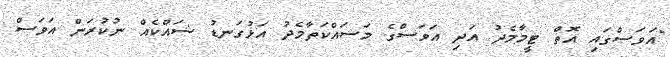
"އަވަސްގައި އޮތް ޓީމާމެދު އަދި އަވަސްގެ މަސައްކަތާމެދު އަޅުގަނޑު ޝައްކެއް ނުކުރަން އަވަސް